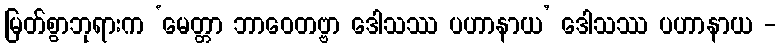
မြတ်စွာဘုရားက ‘မေတ္တာ ဘာဝေတဗ္ဗာ ဒေါသဿ ပဟာနာယ’ ဒေါသဿ ပဟာနာယ -